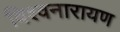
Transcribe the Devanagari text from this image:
विश्वनारायण